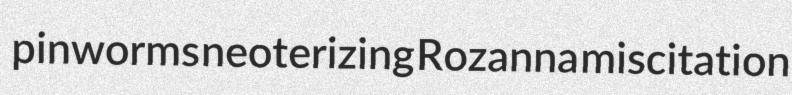
pinworms neoterizing Rozanna miscitation